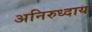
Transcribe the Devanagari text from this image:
अनिरुध्दाय